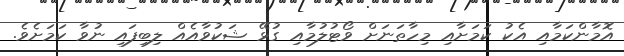
އޮމާންކަމާއި އެކު ކަމަށާއި މިހާތަނަށް ވޯޓުލުމާއި ގުޅޭ ޝަކުވާއެއް ލިބިފައި ނުވާ ކަމަށެވެ.